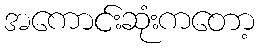
အကောင်းဆုံးကတော့